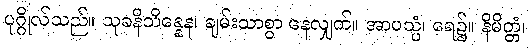
ပုဂ္ဂိုလ်သည်။ သုခနိသိန္နေန၊ ချမ်းသာစွာ နေလျှက်။ အာပသ္ပံ၊ ရေ၌။ နိမိတ္တံ၊